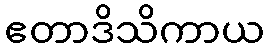
ဧတာဒိသိကာယ